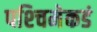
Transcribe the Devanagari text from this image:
पश्‍चिमेकडं